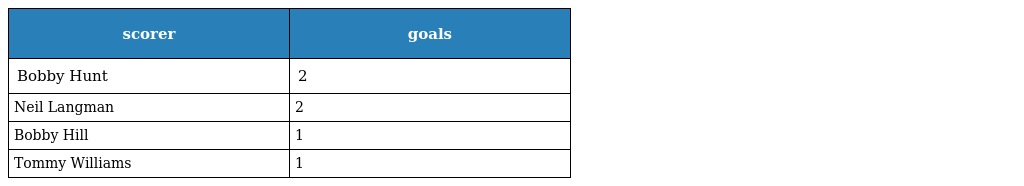
| scorer | goals |
 | --- | --- |
 | Bobby Hunt | 2 |
 | Neil Langman | 2 |
 | Bobby Hill | 1 |
 | Tommy Williams | 1 |